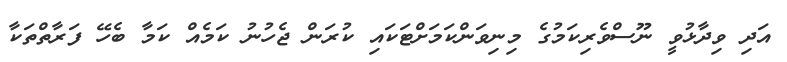
އަދި ވިދާޅުވީ ނޫސްވެރިކަމުގެ މިނިވަންކަމަށްޓަކައި ކުރަން ޖެހުނު ކަމެއް ކަމާ ބެހޭ ފަރާތްތަކާ